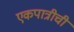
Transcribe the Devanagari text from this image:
एकपात्रीची